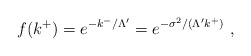
\begin{align*}f( k^+ ) = e^{- k^-/\Lambda' } = e^{- \sigma^2 / ( \Lambda' k^+ ) }~, \end{align*}